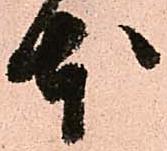
本